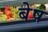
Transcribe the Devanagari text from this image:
बेष